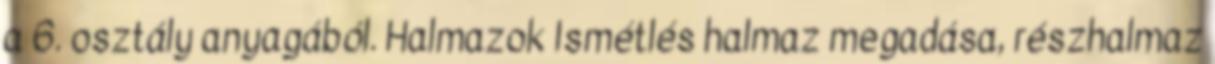
a 6. osztály anyagából. Halmazok Ismétlés halmaz megadása, részhalmaz